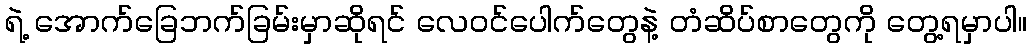
ရဲ့ အောက်ခြေဘက်ခြမ်းမှာဆိုရင် လေဝင်ပေါက်တွေနဲ့ တံဆိပ်စာတွေကို တွေ့ရမှာပါ။